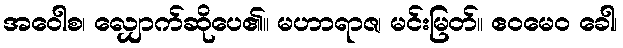
အဝေါစ၊ လျှောက်ဆိုပေ၏။ မဟာရာဇ၊ မင်းမြတ်။ ဧဝမေဝ ခေါ၊